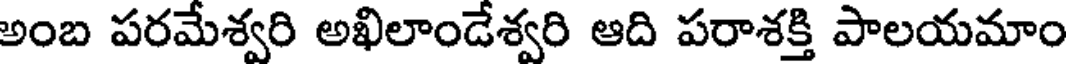
అంబ పరమేశ్వరి అఖిలాండేశ్వరి ఆది పరాశక్తి పాలయమాం